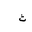
Letter: _tha